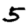
Digit: 5